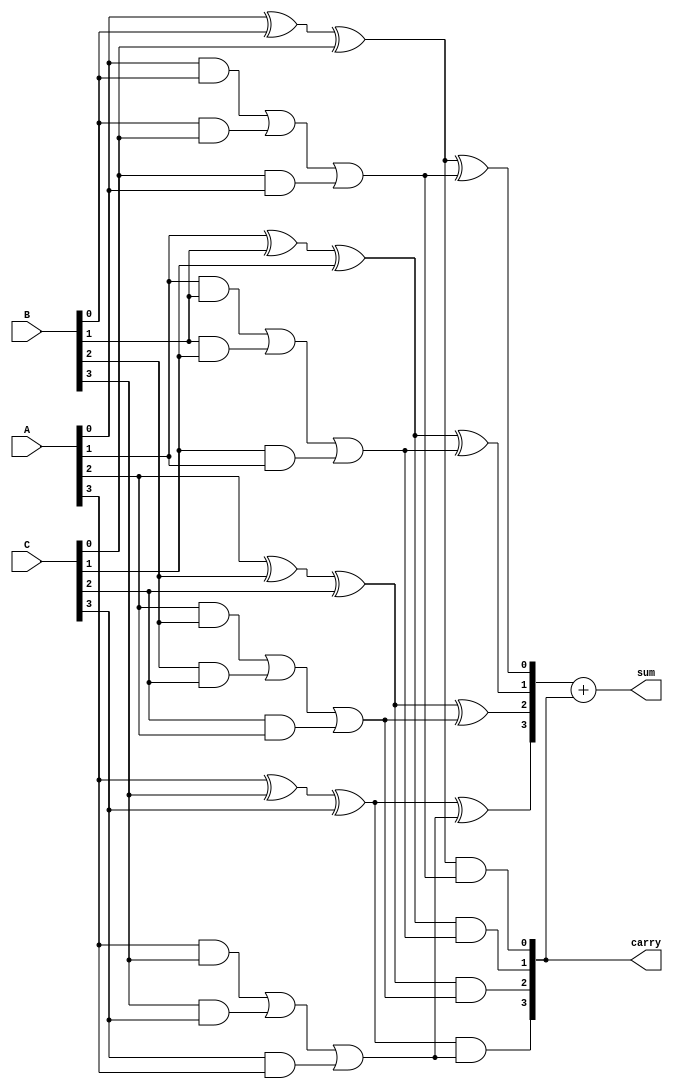
module CarrySaveAdder (
    input [3:0] A,    // First 4-bit input
    input [3:0] B,    // Second 4-bit input
    input [3:0] C,    // Third 4-bit input
    output [4:0] sum, // Output sum, 5 bits to accommodate carry
    output [3:0] carry // Output carry from full adders
);

    // Intermediate sum and carry wires
    wire [3:0] sum1, sum2;
    wire [3:0] carry1, carry2;

    // First layer of full adders
    assign sum1[0] = A[0] ^ B[0] ^ C[0];
    assign carry1[0] = (A[0] & B[0]) | (B[0] & C[0]) | (C[0] & A[0]);

    assign sum1[1] = A[1] ^ B[1] ^ C[1];
    assign carry1[1] = (A[1] & B[1]) | (B[1] & C[1]) | (C[1] & A[1]);

    assign sum1[2] = A[2] ^ B[2] ^ C[2];
    assign carry1[2] = (A[2] & B[2]) | (B[2] & C[2]) | (C[2] & A[2]);

    assign sum1[3] = A[3] ^ B[3] ^ C[3];
    assign carry1[3] = (A[3] & B[3]) | (B[3] & C[3]) | (C[3] & A[3]);

    // Second layer of full adders - using the carries from the first layer
    assign sum2[0] = sum1[0] ^ carry1[0];
    assign carry2[0] = sum1[0] & carry1[0];

    assign sum2[1] = sum1[1] ^ carry1[1];
    assign carry2[1] = sum1[1] & carry1[1];

    assign sum2[2] = sum1[2] ^ carry1[2];
    assign carry2[2] = sum1[2] & carry1[2];

    assign sum2[3] = sum1[3] ^ carry1[3];
    assign carry2[3] = sum1[3] & carry1[3];

    // Final carry output (additional full adder for the final addition)
    assign sum = {1'b0, sum2} + {1'b0, carry2};
    assign carry = carry2;

endmodule